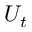
U _ { t }